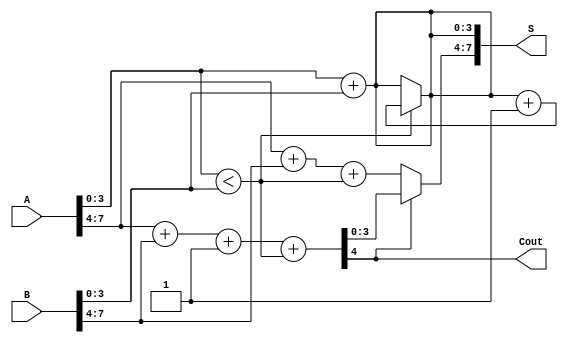
module HanCarlsonAdder (
    input [7:0] A,       // 8-bit input A
    input [7:0] B,       // 8-bit input B
    output [7:0] S,      // 8-bit sum output
    output Cout          // Carry out
);

    wire [3:0] sum0, sum1; // Sum outputs for the two 4-bit groups
    wire C0, C1;           // Carry outputs for the groups
    wire C0_select, C1_select; // Carry select signals

    // Group 0: Least significant 4 bits
    // Compute sum for carry in = 0
    assign sum0 = A[3:0] + B[3:0];                                    
    assign C0 = (A[3:0] < B[3:0]); // Carry out for group 0

    // Compute sum for carry in = 1
    wire [4:0] sum0_carry1;
    assign sum0_carry1 = {1'b0, A[3:0]} + {1'b0, B[3:0]} + 1; 
    wire C0_carry1 = sum0_carry1[4];

    // Selection logic for first group
    assign C0_select = C0; // Keep original carry
    assign sum0 = C0_select ? sum0_carry1[3:0] : sum0;

    // Group 1: Most significant 4 bits
    // Compute sum for carry in = 0
    assign sum1 = A[7:4] + B[7:4] + C0_select;

    // Compute sum for carry in = 1
    wire [4:0] sum1_carry1;
    assign sum1_carry1 = {1'b0, A[7:4]} + {1'b0, B[7:4]} + 1 + C0_select; 
    wire C1_carry1 = sum1_carry1[4];

    // Selection logic for second group
    assign C1_select = C1_carry1; // Select carry based on the addition for group 0
    assign S[7:4] = C1_select ? sum1_carry1[3:0] : sum1;

    // Final sum output
    assign S[3:0] = sum0;
    
    // Final carry out
    assign Cout = C1_select;

endmodule